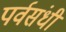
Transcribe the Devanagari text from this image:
पर्वसंधी